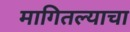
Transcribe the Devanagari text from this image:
मागितल्याचा